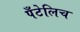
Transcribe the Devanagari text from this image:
पँटेलिच